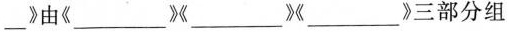
___》由《___》《___》《___》三部分组